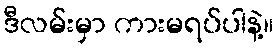
ဒီလမ်းမှာ ကားမရပ်ပါနဲ့။